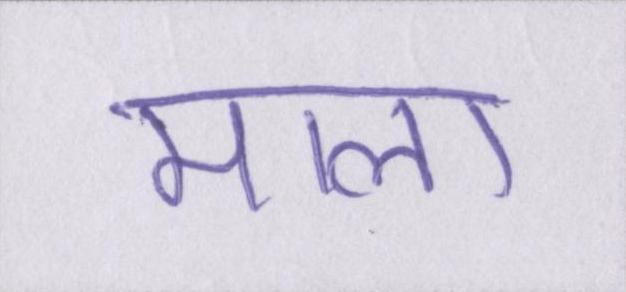
माला